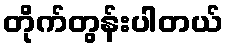
တိုက်တွန်းပါတယ်